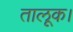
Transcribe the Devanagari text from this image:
तालूक।